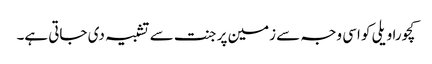
کچورا ویلی کو اسی وجہ سے زمین پر جنت سے تشبیہ دی جاتی ہے۔